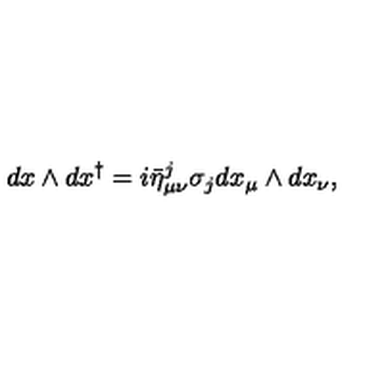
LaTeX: d x \wedge d x ^ { \dagger } = i \bar { \eta } _ { \mu \nu } ^ { j } \sigma _ { j } d x _ { \mu } \wedge d x _ { \nu } ,